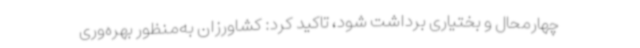
چهارمحال و بختیاری برداشت شود، تاکید کرد: کشاورزان به‌منظور بهره‌وری